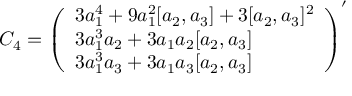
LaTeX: { \cal C } _ { 4 } = \left( \begin{array} { l } { { 3 a _ { 1 } ^ { 4 } + 9 a _ { 1 } ^ { 2 } [ a _ { 2 } , a _ { 3 } ] + 3 [ a _ { 2 } , a _ { 3 } ] ^ { 2 } } } \\ { { 3 a _ { 1 } ^ { 3 } a _ { 2 } + 3 a _ { 1 } a _ { 2 } [ a _ { 2 } , a _ { 3 } ] } } \\ { { 3 a _ { 1 } ^ { 3 } a _ { 3 } + 3 a _ { 1 } a _ { 3 } [ a _ { 2 } , a _ { 3 } ] } } \end{array} \right) ^ { \prime }